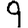
Digit: 9